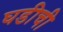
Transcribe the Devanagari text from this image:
घडीची